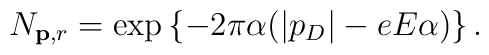
N_{{\bf p},r}=\exp\left\{-2\pi\alpha(|p_D|-eE\alpha)\right\}.